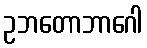
ဥဘတောဘာဂေါ